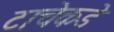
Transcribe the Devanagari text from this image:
टाचेकडे